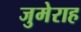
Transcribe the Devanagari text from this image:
जुमेराह